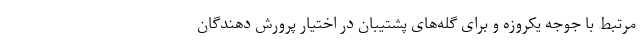
مرتبط با جوجه یکروزه و برای گله‌های پشتیبان در اختیار پرورش دهندگان